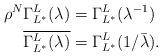
LaTeX: \begin{align*} \rho^N\Gamma^L_{L^{*}}(\lambda)&=\Gamma^L_{L^{*}}(\lambda^{-1})\\ \overline{\Gamma^L_{L^{*}}(\lambda)}&=\Gamma^{L}_{L^{*}}(1/\bar{\lambda}).\end{align*}